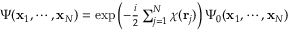
\begin{array} { r } { \Psi ( { \bf x } _ { 1 } , \cdots , { \bf x } _ { N } ) = \exp \left( - { \frac { i } { 2 } } \sum _ { j = 1 } ^ { N } \chi ( { \bf r } _ { j } ) \right) \Psi _ { 0 } ( { \bf x } _ { 1 } , \cdots , { \bf x } _ { N } ) } \end{array}